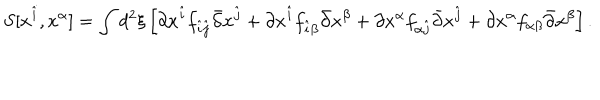
S [ x ^ { \hat { i } } , x ^ { \alpha } ] = \int d ^ { 2 } \xi \left[ \partial x ^ { \hat { i } } f _ { \hat { i } \hat { j } } \bar { \partial } x ^ { \hat { j } } + \partial x ^ { \hat { i } } f _ { \hat { i } \beta } \bar { \partial } x ^ { \beta } + \partial x ^ { \alpha } f _ { \alpha \hat { j } } \bar { \partial } x ^ { \hat { j } } + \partial x ^ { \alpha } f _ { \alpha \beta } \bar { \partial } x ^ { \beta } \right] .